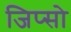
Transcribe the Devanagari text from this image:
जिप्सो